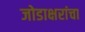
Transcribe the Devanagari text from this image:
जोडाक्षरांचा